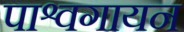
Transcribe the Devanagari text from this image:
पाश्वगायन